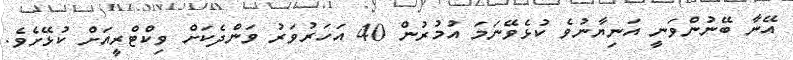
އޭނާ ބޭނުންވަނީ އަނިޔާނުވެ ކުޅެވޭނަމަ އުމުރުން 40 އަހަރުވަރު ވަންދެކަށް ވިކްޓްރީއަށް ކުޅޭށެވެ.